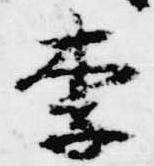
李